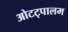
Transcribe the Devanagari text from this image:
ओटट्पालम